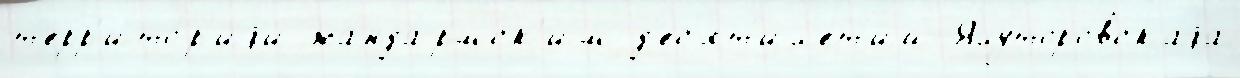
т'ерр'ито́р'иjи жанда́рмск'им д'ес'ят'ил'е́т'ий Ялуторовскаjа